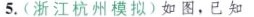
5.(浙江杭州模拟)如图，已知